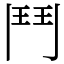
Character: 鬥